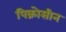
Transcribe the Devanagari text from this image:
पिक्रोसीन